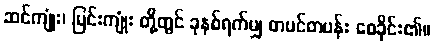
ဆင်ကျုံး၊ မြင်းကျုံး တို့တွင် ခုနစ်ရက်မျှ တပင်တပန်း စေခိုင်း၏။